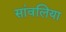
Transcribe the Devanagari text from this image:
सांवलिया